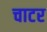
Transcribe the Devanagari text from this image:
चाटर